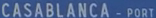
CASABLANCA-PORT